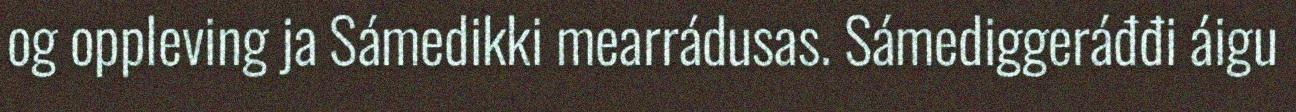
og oppleving ja Sámedikki mearrádusas. Sámediggeráđđi áigu